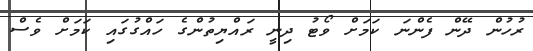
ރުހުން ދޭން ފެންނަ ކަމަށް ވޯޓު ދިނީ ރައްޔިތުންގެ ހައްގުގައި ކަމަށް ވެސް